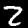
Label: 2